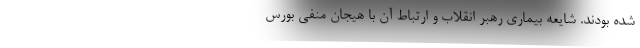
شده بودند. شایعه بیماری رهبر انقلاب و ارتباط آن با هیجان منفی بورس